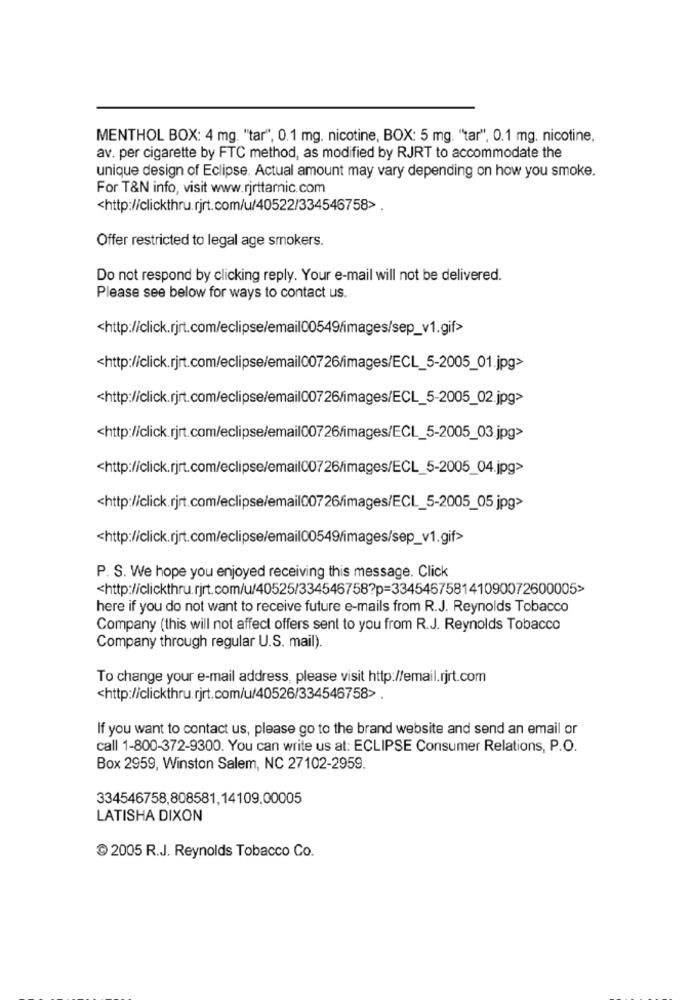
MENTHOL BOX: 4 mg. "tar", 0.1 mg. nicotine, BOX: 5 mg. "tar", 0.1 mg. nicotine,
av. per cigarette by FTC method, as modified by RJRT to accommodate the
unique design of Eclipse. Actual amount may vary depending on how you smoke.
For T&N info, visit www.rjrttarnic.com
<http://clickthru.rjrt.com/u/40522/334546758>.
Offer restricted to legal age smokers.
Do not respond by clicking reply. Your e-mail will not be delivered.
Please see below for ways to contact us.
<http://click.rjrt.com/eclipse/email00549/images/sep_v1.gif>
<http://click.rjrt.com/eclipse/email00726/images/ECL_5-2005_01.jpg>
<http://click.rjrt.com/eclipse/email00726/images/ECL_5-2005_02.jpg>
<http://click.rjrt.com/eclipse/email00726/images/ECL_5-2005_03.jpg>
<http://click.rjrt.com/eclipse/email00726/images/ECL_5-2005_04.jpg>
<http://click.rjrt.com/eclipse/email00726/images/ECL_5-2005_05.jpg>
<http://click.rjrt.com/eclipse/email00549/images/sep_v1.gif>
P. S. We hope you enjoyed receiving this message. Click
<http://clickthru.rjrt.com/u/40525/334546758?p=334546758141090072600005>
here if you do not want to receive future e-mails from R.J. Reynolds Tobacco
Company (this will not affect offers sent to you from R.J. Reynolds Tobacco
Company through regular U.S. mail).
To change your e-mail address, please visit http://email.rjrt.com
<http://clickthru.rjrt.com/u/40526/334546758> .
If you want to contact us, please go to the brand website and send an email or
call 1-800-372-9300. You can write us at: ECLIPSE Consumer Relations, P.O.
Box 2959, Winston Salem, NC 27102-2959.
334546758,808581,14109,00005
LATISHA DIXON
@ 2005 R.J. Reynolds Tobacco Co.